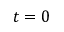
t = 0